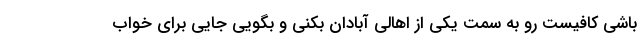
باشی کافیست رو به سمت یکی از اهالی آبادان بکنی و بگویی جایی برای خواب